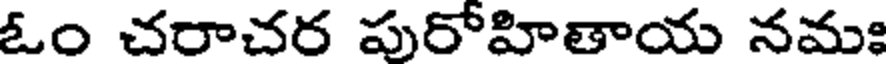
ఓం చరాచర పురోహితాయ నమః